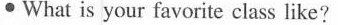
\cdot What is your favorite class like?